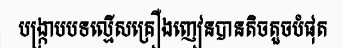
បង្ក្រាបបទល្មើសគ្រឿងញៀនបានតិចតួចបំផុត